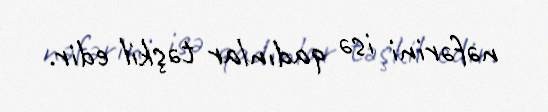
nəfərini isə qadınlar təşkil edir.